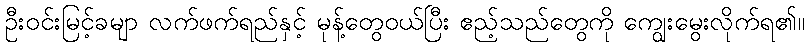
ဦးဝင်းမြင့်ခမျာ လက်ဖက်ရည်နှင့် မုန့်တွေဝယ်ပြီး ဧည့်သည်တွေကို ကျွေးမွေးလိုက်ရ၏။